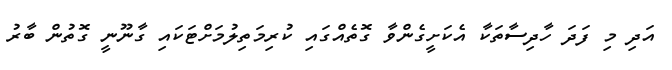
އަދި މި ފަދަ ހާދިސާތަކާ އެކަށީގެންވާ ގޮތެއްގައި ކުރިމަތިލުމަށްޓަކައި ގާނޫނީ ގޮތުން ބާރު